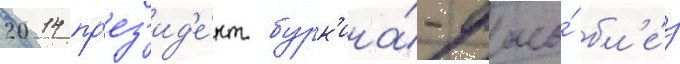
2014 пр'ез'ид'е́нт бурк'ина́-фасо́ бл'е́з